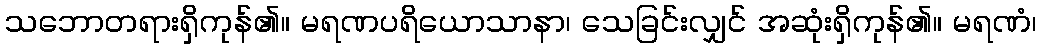
သဘောတရားရှိကုန်၏။ မရဏပရိယောသာနာ၊ သေခြင်းလျှင် အဆုံးရှိကုန်၏။ မရဏံ၊